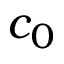
c _ { 0 }